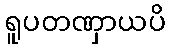
ရူပတဏှာယပိ